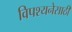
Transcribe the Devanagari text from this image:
विपश्यनेसाठी